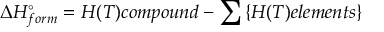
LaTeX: \Delta H _ { f o r m } ^ { \circ } = H ( T ) c o m p o u n d - \sum \left\{ H ( T ) e l e m e n t s \right\}